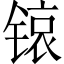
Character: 锿